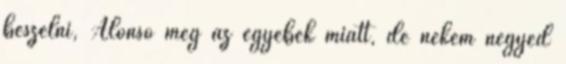
beszélni, Alonso meg az egyebek miatt, de nekem negyed